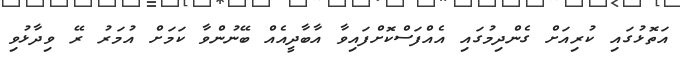
އަތޮޅުގައި ކުރިއަށް ގެންދިމުގައި އެއްފަސްކޮށްފައިވާ އާބާދީއެއް ބޭނުންވާ ކަމަށް އުމަރު ރޭ ވިދާޅުވި